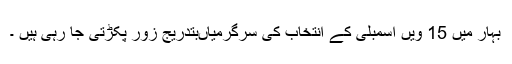
بہار میں 15 ویں اسمبلی کے انتخاب کی سرگرمیاںبتدریج زور پکڑتی جا رہی ہیں ۔